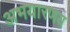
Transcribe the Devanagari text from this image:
अभयारणय